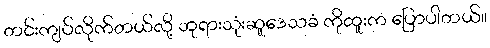
တင်းကျပ်လိုက်တယ်လို့ ဘုရားသုံးဆူဒေသခံ ကိုထူးက ပြောပါတယ်။